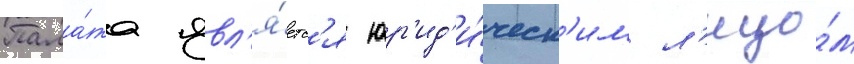
Пала́та явл'я́етс'я юр'ид'и́ческ'им л'ицо́м